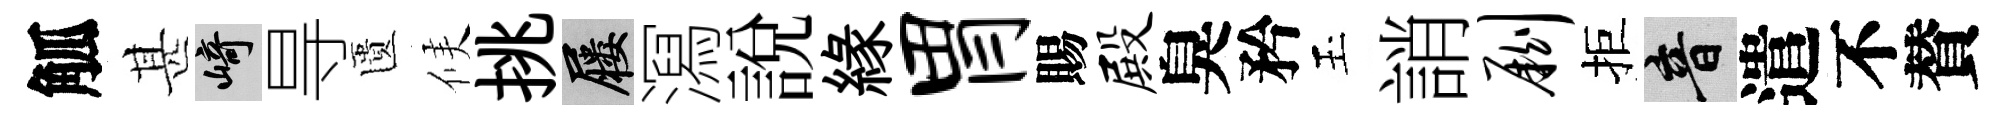
觚甚崎㝵匱候挑屨㵼説縁胃賜殿臭矜玉誚劂拒音遣不賛